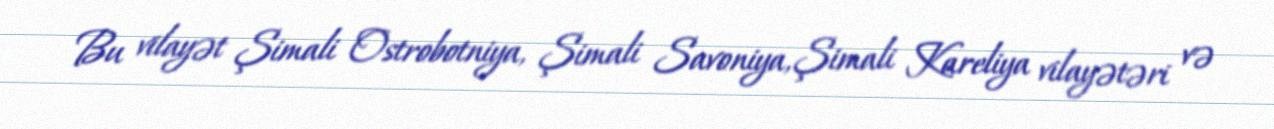
Bu vilayət Şimali Ostrobotniya, Şimali Savoniya, Şimali Kareliya vilayətəri və